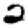
Digit: 2